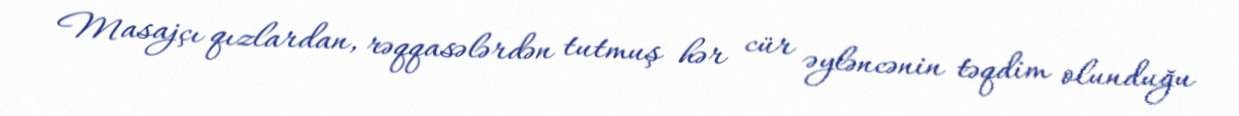
Masajçı qızlardan, rəqqasələrdən tutmuş hər cür əyləncənin təqdim olunduğu